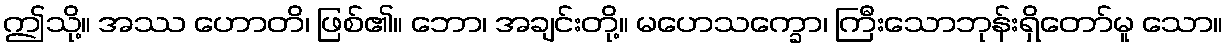
ဤသို့။ အဿ ဟောတိ၊ ဖြစ်၏။ ဘော၊ အချင်းတို့။ မဟေသက္ခော၊ ကြီးသောဘုန်းရှိတော်မူ သော။